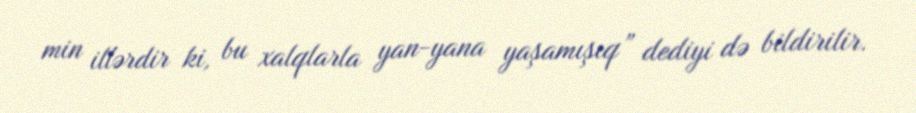
min illərdir ki, bu xalqlarla yan-yana yaşamışıq” dediyi də bildirilir.